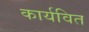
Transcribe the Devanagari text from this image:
कार्यवित